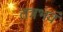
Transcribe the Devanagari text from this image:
तत्रभवं